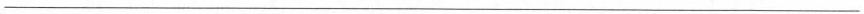
___